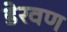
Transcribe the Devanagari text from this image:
डेरवण